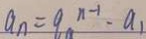
a _ { n } = q _ { a } ^ { n - 1 } \cdot a _ { 1 }